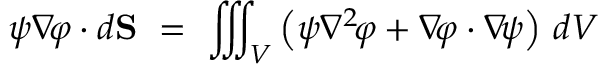
\psi \nabla \! \varphi \cdot d \mathbf { S } \ = \ \iiint _ { V } \left( \psi \nabla ^ { 2 } \! \varphi + \nabla \! \varphi \cdot \nabla \! \psi \right) \, d V